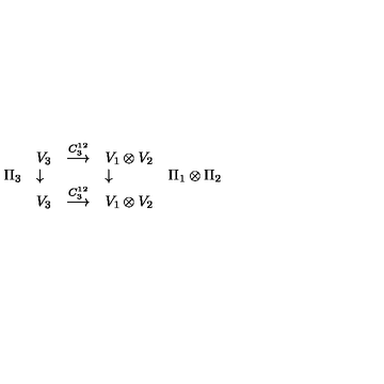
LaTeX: \begin{array} { l l c l l } { } & { V _ { 3 } } & { \stackrel { C _ { 3 } ^ { 1 2 } } { \longrightarrow } } & { V _ { 1 } \otimes V _ { 2 } } & { } \\ { \Pi _ { 3 } } & { \downarrow } & { } & { \downarrow } & { \Pi _ { 1 } \otimes \Pi _ { 2 } } \\ { } & { V _ { 3 } } & { \stackrel { C _ { 3 } ^ { 1 2 } } { \longrightarrow } } & { V _ { 1 } \otimes V _ { 2 } } & { } \\ \end{array}